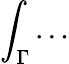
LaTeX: \int_{\Gamma}\dots